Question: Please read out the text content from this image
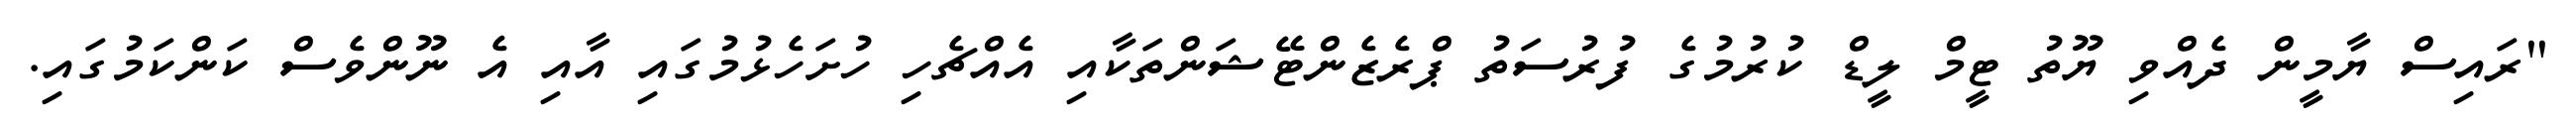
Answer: "ރައިސް ޔާމީން ދެއްވި ޔޫތު ޓީމް ލީޑް ކުރުމުގެ ފުރުސަތު ޕްރެޒެންޓޭޝަންތަކާއި އެއްޗެހި ހުށަހެޅުމުގައި އާއި އެ ނޫންވެސް ކަންކަމުގައި.